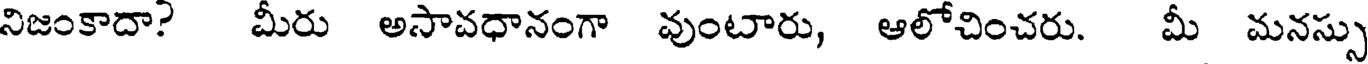
నిజంకాదా? మీరు అసావధానంగా వుంటారు, ఆలోచించరు. మీ మనస్సు